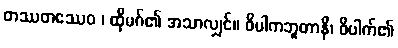
တဿတဿေဝ ၊ ထိုမဂ်၏ အသာလျှင်။ ဝိပါကဘူတာနိ၊ ဝိပါက်၏